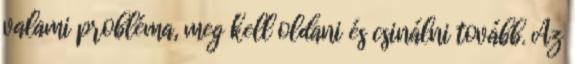
valami probléma, meg kell oldani és csinálni tovább. Az